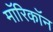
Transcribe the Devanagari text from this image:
माॅरिकाॅन